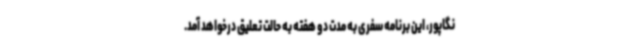
نگاپور، این برنامه سفری به مدت دو هفته به حالت تعلیق درخواهد آمد.